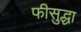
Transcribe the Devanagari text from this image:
फीसुद्धा